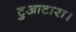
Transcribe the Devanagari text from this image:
टुआटारा।